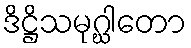
ဒိဋ္ဌိသမုဂ္ဃါတော